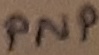
Text: PNP